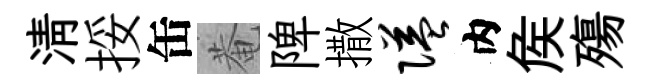
清挼缶菴陴撒隘内矦殤